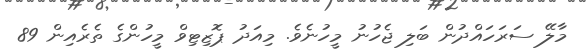
މާލޭ ސަރަހައްދުން ބަލި ޖެހުނު މީހުނެވެ. މިއަދު ޕޮޒިޓިވް މީހުންގެ ތެރެއިން 89